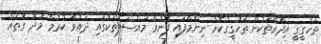
ތަހުގީގީ އިދާރާތަކުން ތަހުގީގުކޮށް ނިންމާފައި ފޮނުވާ މައްސަލަތަކުގައި ދައުވާ ކުރުމާ މެދު ގޮތެއް